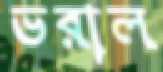
ভরাল